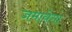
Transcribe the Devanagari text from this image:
जमायेगा